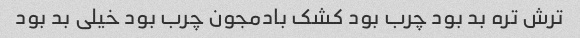
ترش تره بد بود چرب بود کشک بادمجون چرب بود خیلی بد بود